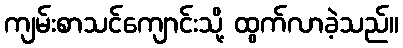
ကျမ်းစာသင်ကျောင်းသို့ ထွက်လာခဲ့သည်။